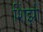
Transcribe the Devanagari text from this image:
शिंझो